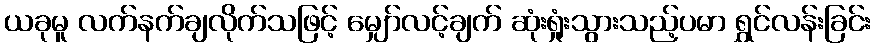
ယခုမူ လက်နက်ချလိုက်သဖြင့် မျှော်လင့်ချက် ဆုံးရှုံးသွားသည့်ပမာ ရွှင်လန်းခြင်း